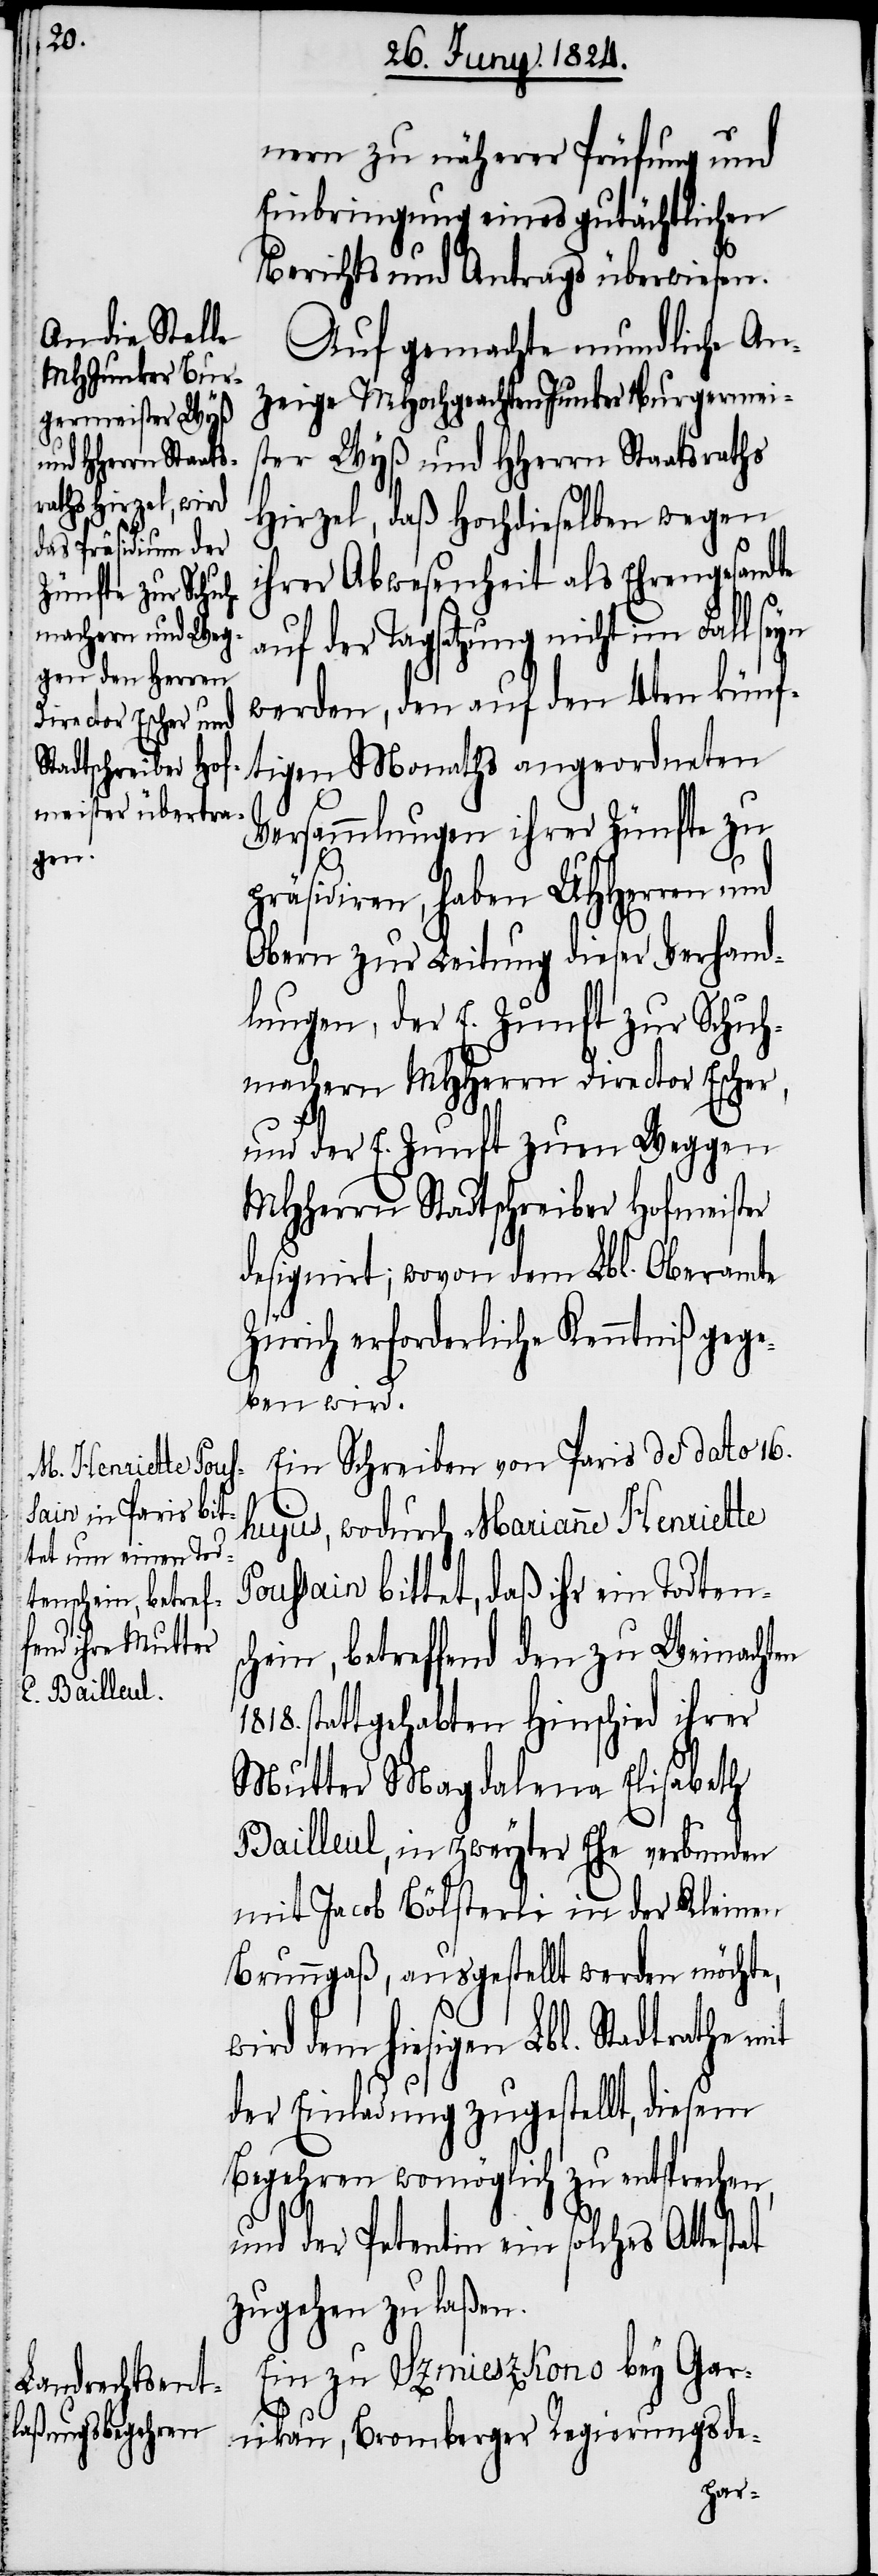
nern zu näherer Prüfung und
Einbringung eines gutächtlichen
Berichts und Antrags überwiesen.
Auf gemachte mundliche An¬
zeige MHochgeachten Junker Burgermeis¬
ter Wyß und HHerrn Staatsraths
Hirzel, daß Hochdieselben wegen
ihrer Abwesenheit als Ehrengesandte
auf der Tagsatzung nicht im Fall seyn
werden, den auf den 4ten künf¬
tigen Monaths angeordneten
Versammlungen ihrer Zünfte zu
präsidiren, haben UHHerren und
Obern zur Leitung dieser Verhand¬
lungen, der E. Zunft zur Schuh¬
machern MHHerrn Director Escher,
und der E. Zunft zum Weggen
MHHerrn Stadtschreiber Hofmeister
designirt; wovon dem Lbl. Oberamte
Zürich erforderliche Kenntniß gege¬
ben wird.
Ein Schreiben von Paris de dato 16.
hujus, wodurch Marianne Henriette
Poussain bittet, daß ihr ein Todten¬
schein, betreffend den zu Weinachten
stattgehabten Hinschied ihrer
Mutter Magdalena Elisabeth
Bailleul, in zweyter Ehe verbunden
mit Jacob Bölsterli in der Kleinen
Brunngaß, ausgestellt werden möchte,
wird dem hiesigen Lbl. Stadtrathe
der Einladung zugestellt, diesem
Begehren womöglich zu entsprechen,
und der Petentin ein solches Attestat
zugehen zu laßen.
Ein zu Szmieszkono bey Gar¬
nikau, Bromberger Regeriungsde-